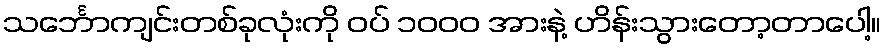
သင်္ဘောကျင်းတစ်ခုလုံးကို ဝပ် ၁၀၀၀ အားနဲ့ ဟိန်းသွားတော့တာပေါ့။